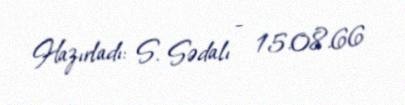
Hazırladı: S. Sədalı - 15.08.66